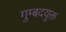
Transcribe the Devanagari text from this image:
गुम्बदयुक्त